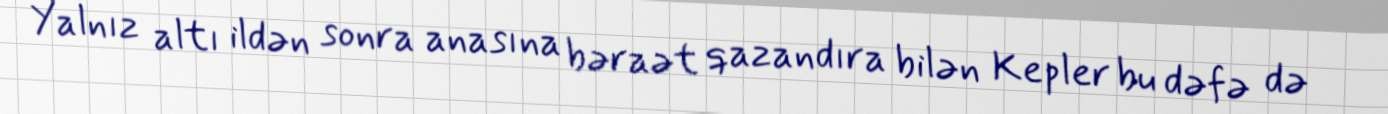
Yalnız altı ildən sonra anasına bəraət qazandıra bilən Kepler bu dəfə də